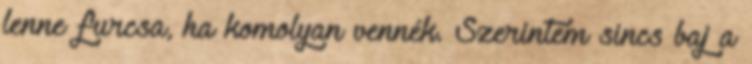
lenne furcsa, ha komolyan vennék. Szerintem sincs baj a